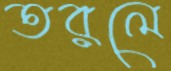
তরলে